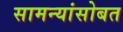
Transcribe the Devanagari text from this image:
सामन्यांसोबत